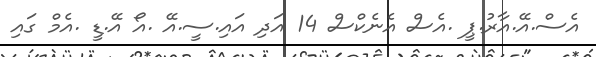
އެސް.އޭ.އާރު.ޕީ .އެސް އެނެކްސް 14 އަދި އައި.ސީ.އޭ .އޯ އޭ.ޑީ .އެމް ގައި